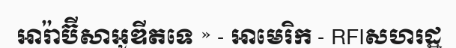
អារ៉ាប៊ីសាអូឌីតទេ » - អាមេរិក - RFIសហរដ្ឋ